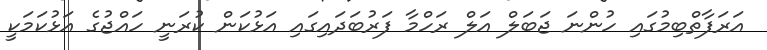
އަރަފާތްބިމުގައި ހުންނަ ޖަަބަލް އަލް ރަހްމާ ފަރުބަދައިގައި އަޅުކަން ކުރަނީ ހައްޖުގެ އަޅުކަމަކީ